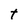
Character: t